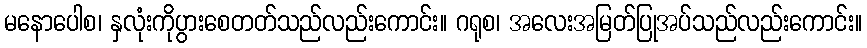
မနောပေါစ၊ နှလုံးကိုပွားစေတတ်သည်လည်းကောင်း။ ဂရုစ၊ အလေးအမြတ်ပြုအပ်သည်လည်းကောင်း။